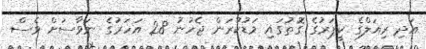
އަދި ރިއަލްގެ ކީޕަރުގެ ގޮތުގައި މަޑުކުރަން ޖެހުނު 28 އަހަރުގެ ނަވާސަށް ވެސް